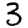
Digit: 3